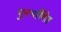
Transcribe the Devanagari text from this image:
पुनर्भाषित